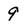
Character: 9